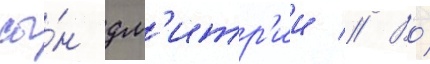
сы́н дм'итр'ии // Во́